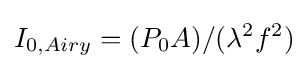
I_{0,Airy}=(P_{0}A)/(\lambda ^{2}f^{2})